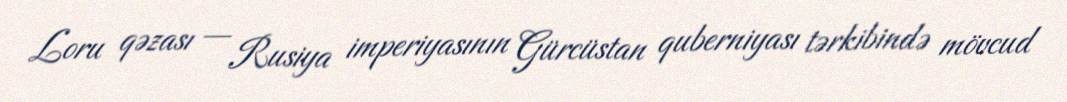
Loru qəzası — Rusiya imperiyasının Gürcüstan quberniyası tərkibində mövcud